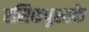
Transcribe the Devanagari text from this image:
रसिकपुस्तके